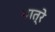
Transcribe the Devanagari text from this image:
नात्रे